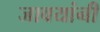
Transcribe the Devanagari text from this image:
जावयांनी